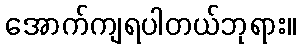
အောက်ကျရပါတယ်ဘုရား။